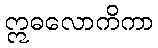
ဣဓလောကိကာ